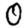
Digit: 0